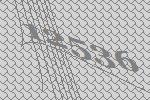
12536